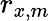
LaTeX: r_{x,m}